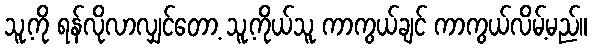
သူ့ကို ရန်လိုလာလျှင်တော့ သူ့ကိုယ်သူ ကာကွယ်ချင် ကာကွယ်လိမ့်မည်။